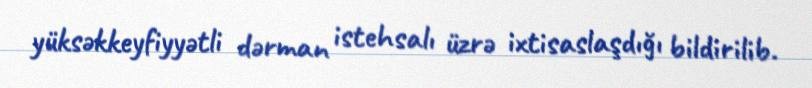
yüksəkkeyfiyyətli dərman istehsalı üzrə ixtisaslaşdığı bildirilib.